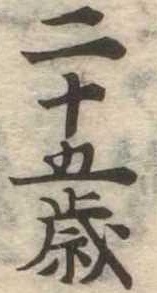
二十五歳